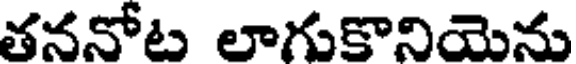
తననోట లాగుకొనియెను